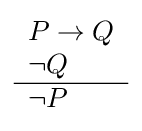
{\begin{array}{l}P\to Q\\\lnot Q\\\hline \lnot P\end{array}}